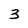
Character: 3